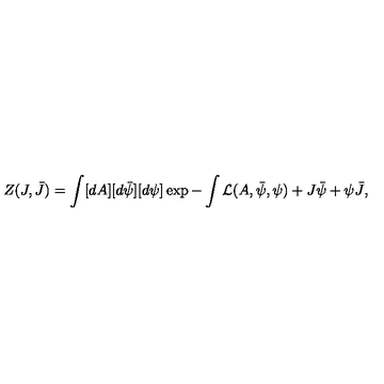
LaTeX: Z ( J , \bar { J } ) = \int [ d A ] [ d \bar { \psi } ] [ d \psi ] \exp - \int { \cal L } ( A , \bar { \psi } , \psi ) + J \bar { \psi } + \psi \bar { J } ,